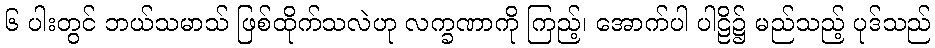
၆ ပါးတွင် ဘယ်သမာသ် ဖြစ်ထိုက်သလဲဟု လက္ခဏာကို ကြည့်၊ အောက်ပါ ပါဠိ၌ မည်သည့် ပုဒ်သည်